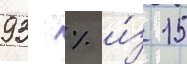
93 % и́з 15